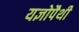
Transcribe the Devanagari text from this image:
यज्ञोपैथी